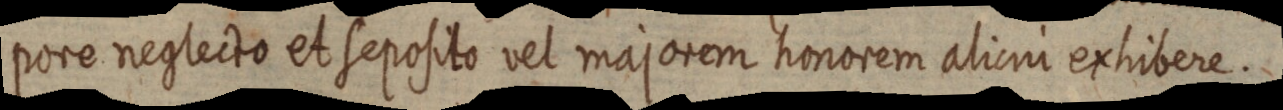
pore neglecto et seposito vel majorem honorem alicui exhibere.